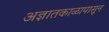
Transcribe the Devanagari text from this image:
अज्ञातकाळापासून